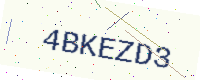
Text: 4BKEZD3